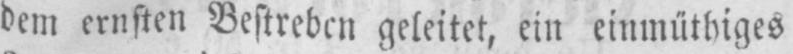
dem ernsten Bestreben geleitet, ein einmüthiges